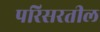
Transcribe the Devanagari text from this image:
परिसरतील